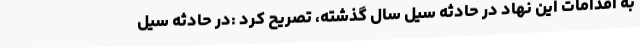
به اقدامات این نهاد در حادثه سیل سال گذشته، تصریح کرد :در حادثه سیل